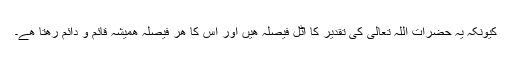
کیونکہ یہ حضرات اللہ تعالیٰ کی تقدیر کا اٹل فیصلہ ھیں اور اس کا ھر فیصلہ ھمیشہ قائم و دائم رھتا ھے۔